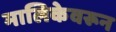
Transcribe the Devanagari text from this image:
मालिकेवरून